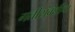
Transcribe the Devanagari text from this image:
गतीसंबंधीचा